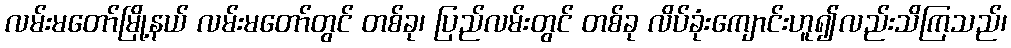
လမ်းမတော်မြို့နယ် လမ်းမတော်တွင် တစ်ခု၊ ပြည်လမ်းတွင် တစ်ခု လိပ်ခုံးကျောင်းဟူ၍လည်းသိကြသည်၊